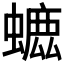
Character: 𧐳